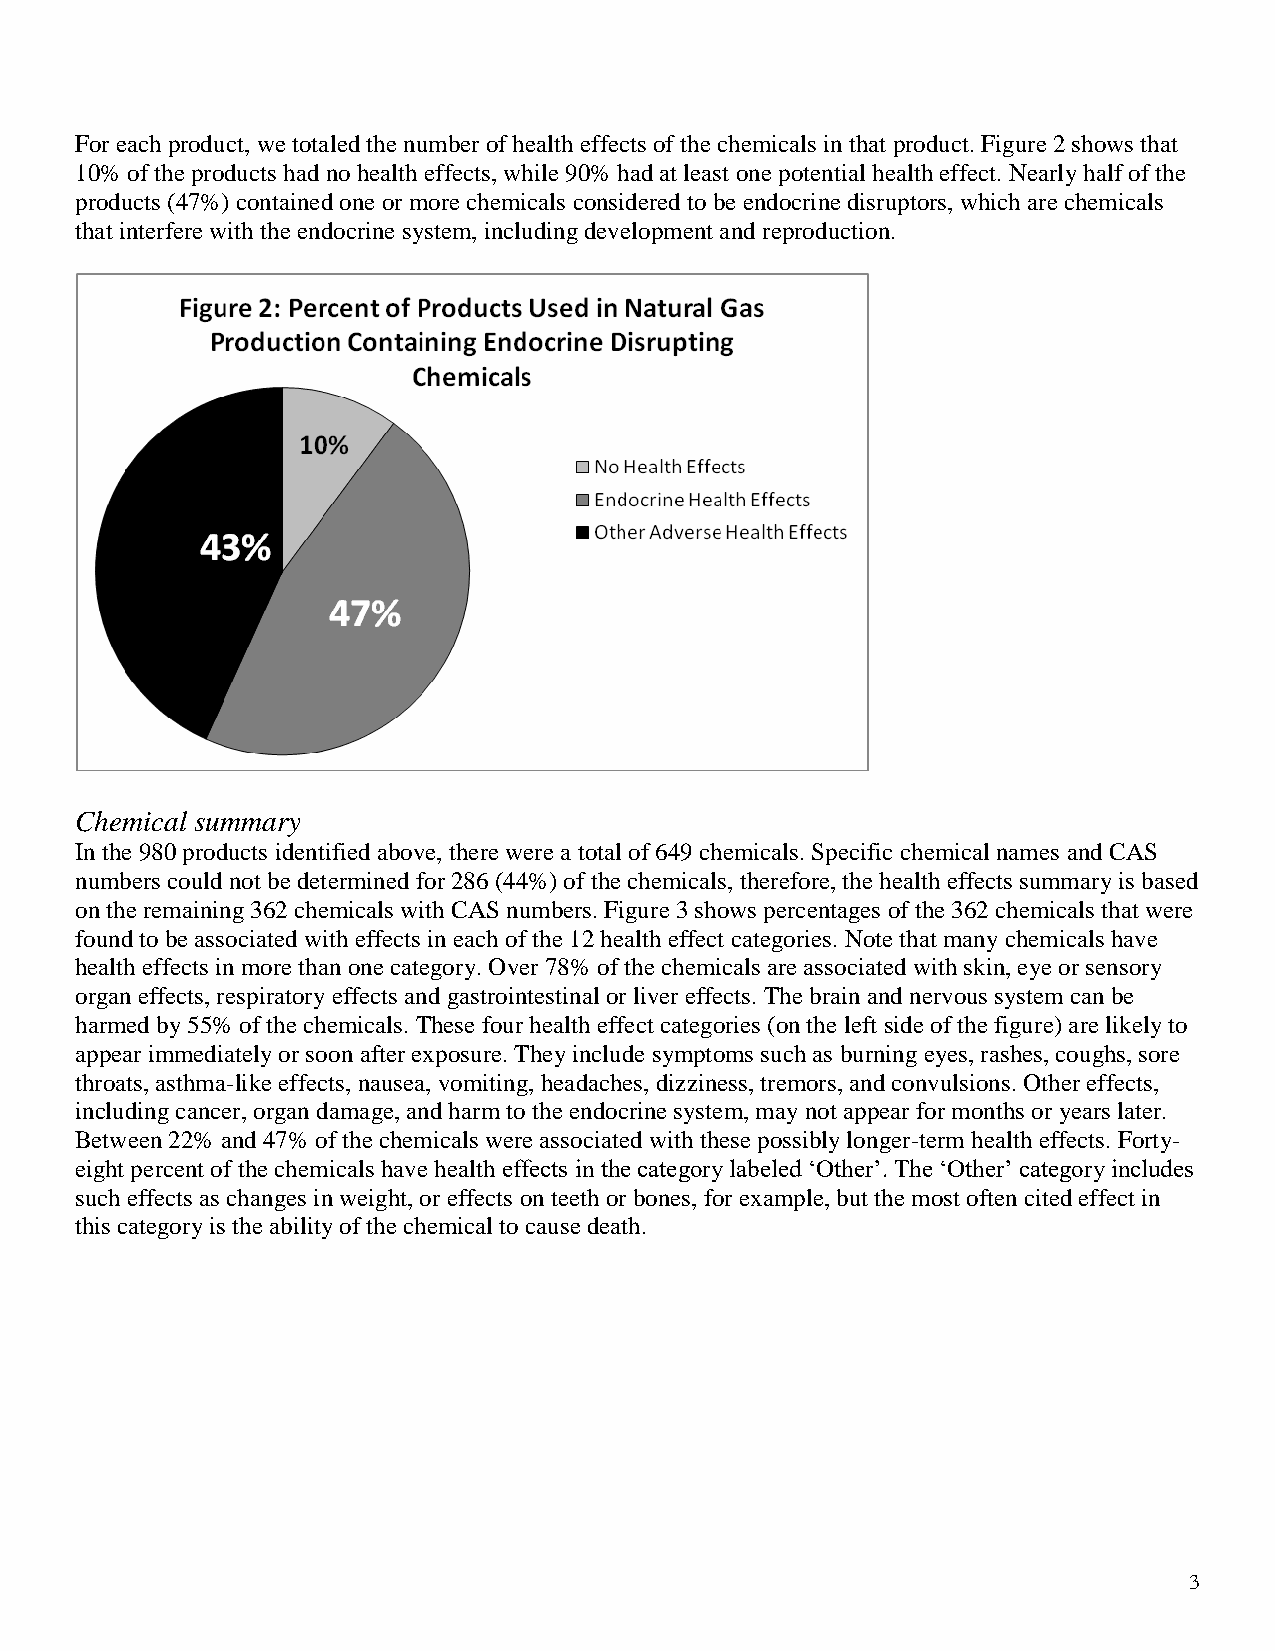
For each product, we totaled the number of health effects of the chemicals in that product. Figure 2 shows that
 10% of the products had no health effects, while 90% had at least one potential health effect. Nearly half of the
 products (47%) contained one or more chemicals considered to be endocrine disruptors, which are chemicals
 that interfere with the endocrine system, including development and reproduction.
 Chemical summary
 In the 980 products identified above, there were a total of 649 chemicals. Specific chemical names and CAS
 numbers could not be determined for 286 (44%) of the chemicals, therefore, the health effects summary is based
 on the remaining 362 chemicals with CAS numbers. Figure 3 shows percentages of the 362 chemicals that were
 found to be associated with effects in each of the 12 health effect categories. Note that many chemicals have
 health effects in more than one category. Over 78% of the chemicals are associated with skin, eye or sensory
 organ effects, respiratory effects and gastrointestinal or liver effects. The brain and nervous system can be
 harmed by 55% of the chemicals. These four health effect categories (on the left side of the figure) are likely to
 appear immediately or soon after exposure. They include symptoms such as burning eyes, rashes, coughs, sore
 throats, asthma-like effects, nausea, vomiting, headaches, dizziness, tremors, and convulsions. Other effects,
 including cancer, organ damage, and harm to the endocrine system, may not appear for months or years later.
 Between 22% and 47% of the chemicals were associated with these possibly longer-term health effects. Forty-
 eight percent of the chemicals have health effects in the category labeled ‘Other’. The ‘Other’ category includes
 such effects as changes in weight, or effects on teeth or bones, for example, but the most often cited effect in
 this category is the ability of the chemical to cause death.
 3